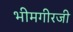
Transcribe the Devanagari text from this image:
भीमगीरजी